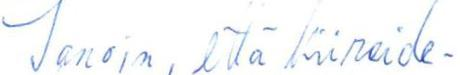
Sanoin, että kiireide-